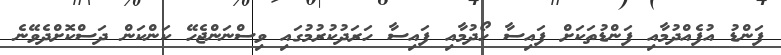
ފަންޑު އުފެއްދުމާއި ފަންޑުތަކަށް ފައިސާ ހޯދުމާއި ފައިސާ ހަރަދުކުރުމުގައި ވިސްނަންޖެހޭ ކަންކަން ދަސްކޮށްދެވޭނެ